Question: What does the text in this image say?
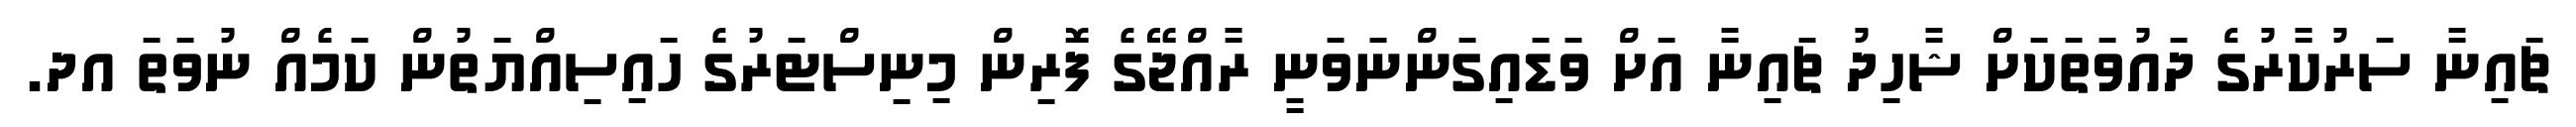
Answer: ޗައިނާ ސަރުކާރުގެ ދައުވަތަކަށް ޝާހިދު ޗައިނާ އަށް ވަޑައިގަންނަވަނީ ރާއްޖޭގެ ފޮރިން މިނިސްޓަރުގެ ހައިސިއްޔަތުން ކަމެއް ނުވަތަ އދ.